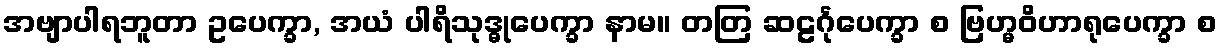
အဗျာပါရဘူတာ ဥပေက္ခာ, အယံ ပါရိသုဒ္ဓုပေက္ခာ နာမ။ တတြ ဆဠင်္ဂုပေက္ခာ စ ဗြဟ္မဝိဟာရုပေက္ခာ စ